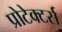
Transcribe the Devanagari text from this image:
प्रोटेक्टर्स